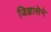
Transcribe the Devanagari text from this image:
जिज्ञासेने